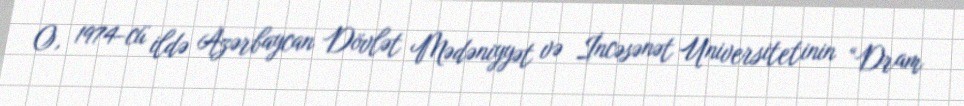
O, 1974-cü ildə Azərbaycan Dövlət Mədəniyyət və İncəsənət Universitetinin “Dram